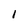
Character: 1